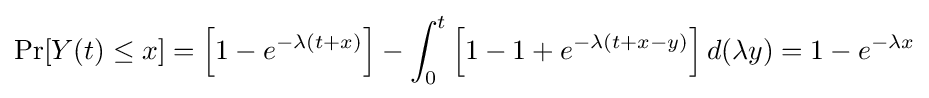
\Pr[Y(t)\leq x]=\left[1-e^{-\lambda (t+x)}\right]-\int _{0}^{t}\left[1-1+e^{-\lambda (t+x-y)}\right]d(\lambda y)=1-e^{-\lambda x}